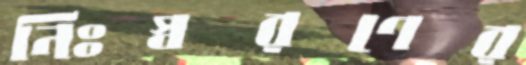
নিঃস্বরণের